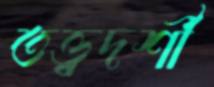
তত্ত্বদর্শী